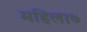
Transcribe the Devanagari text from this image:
महिला७